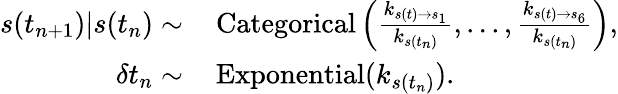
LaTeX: \begin{array}{rl}{s(t_{n+1})|s(t_{n})\sim}&{\, \mathrm{Categorical}\left(\frac{k_{s(t)\rightarrow s_{1}}}{k_{s(t_{n})}},...,\frac{k_{s(t)\rightarrow s_{6}}}{k_{s(t_{n})}}\right),}\\ {\delta t_{n}\sim}&{\, \mathrm{Exponential}(k_{s(t_{n})}).}\end{array}